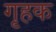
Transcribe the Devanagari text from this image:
गृहक